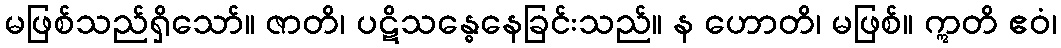
မဖြစ်သည်ရှိသော်။ ဇာတိ၊ ပဋိသန္ဓေနေခြင်းသည်။ န ဟောတိ၊ မဖြစ်။ ဣတိ ဧဝံ၊